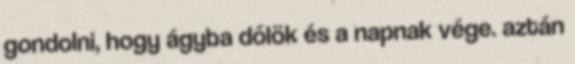
gondolni, hogy ágyba dőlök és a napnak vége. aztán